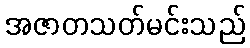
အဇာတသတ်မင်းသည်